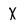
Character: X